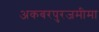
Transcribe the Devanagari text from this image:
अकबरपुरजमीमा